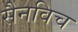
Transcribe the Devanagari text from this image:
सैनविच